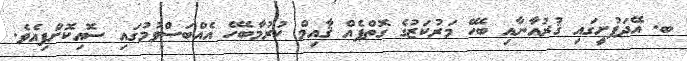
ބ. އޭދަފުށީގައި ޤުރުއާނާއި ބެހޭ މަރުކަޒުގެ ގޮތްޕެއް ޤާއިމް ކުރުމާބެހޭ އެއްބަސްވުމުގައި ސޮއިކޮށްފިއެވެ.